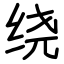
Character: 绕